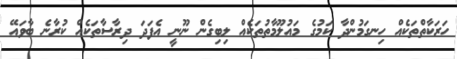
ހަރަކާތްތަކެއް ހިނގަމުންދާ ކަމުގެ މައުލޫމާތުތަކެއް ލިބިގެން ނޫނީ އެފަދަ ދިރާސާތަކެއް ކުރާނެ ބާވައޭ